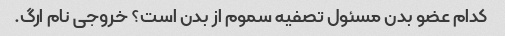
کدام عضو بدن مسئول تصفیه سموم از بدن است؟ خروجی نام ارگ.